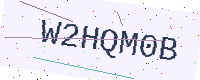
Text: W2HQM0B